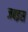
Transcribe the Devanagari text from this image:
जबइस